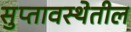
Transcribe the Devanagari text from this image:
सुप्तावस्थेतील